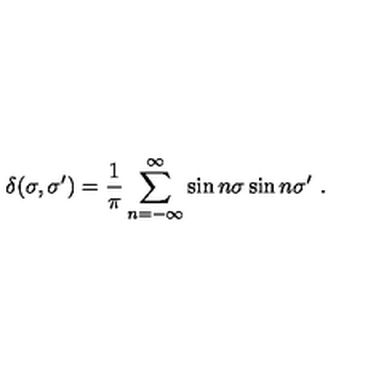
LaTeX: \delta ( \sigma , \sigma ^ { \prime } ) = \frac { 1 } { \pi } \sum _ { n = - \infty } ^ { \infty } \sin n \sigma \sin n \sigma ^ { \prime } \ .